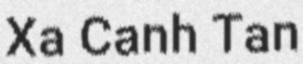
Xa Canh Tan